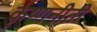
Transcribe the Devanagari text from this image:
कृष्णनीती